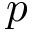
\boldsymbol p